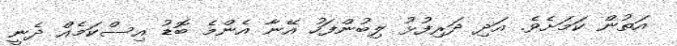
އަތުން ކަމަށެވެ. އަދި ދަރިފުޅު ލިބުންފަހު އޭނާ އެންމެ ބޮޑު އިސްކަމެއް ދެނީ